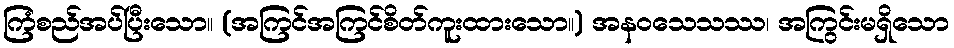
ကြံစည်အပ်ပြီးသော။ (အကြင်အကြင်စိတ်ကူးထားသော။) အနဝသေသဿ၊ အကြွင်းမရှိသော